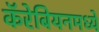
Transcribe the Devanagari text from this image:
कॅरेबियनमध्ये